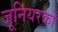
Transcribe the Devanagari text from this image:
जूनियरको